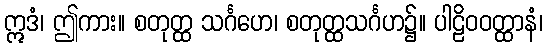
ဣဒံ၊ ဤကား။ စတုတ္ထ သင်္ဂဟေ၊ စတုတ္ထသင်္ဂဟ၌။ ပါဠိဝဝတ္ထာနံ၊